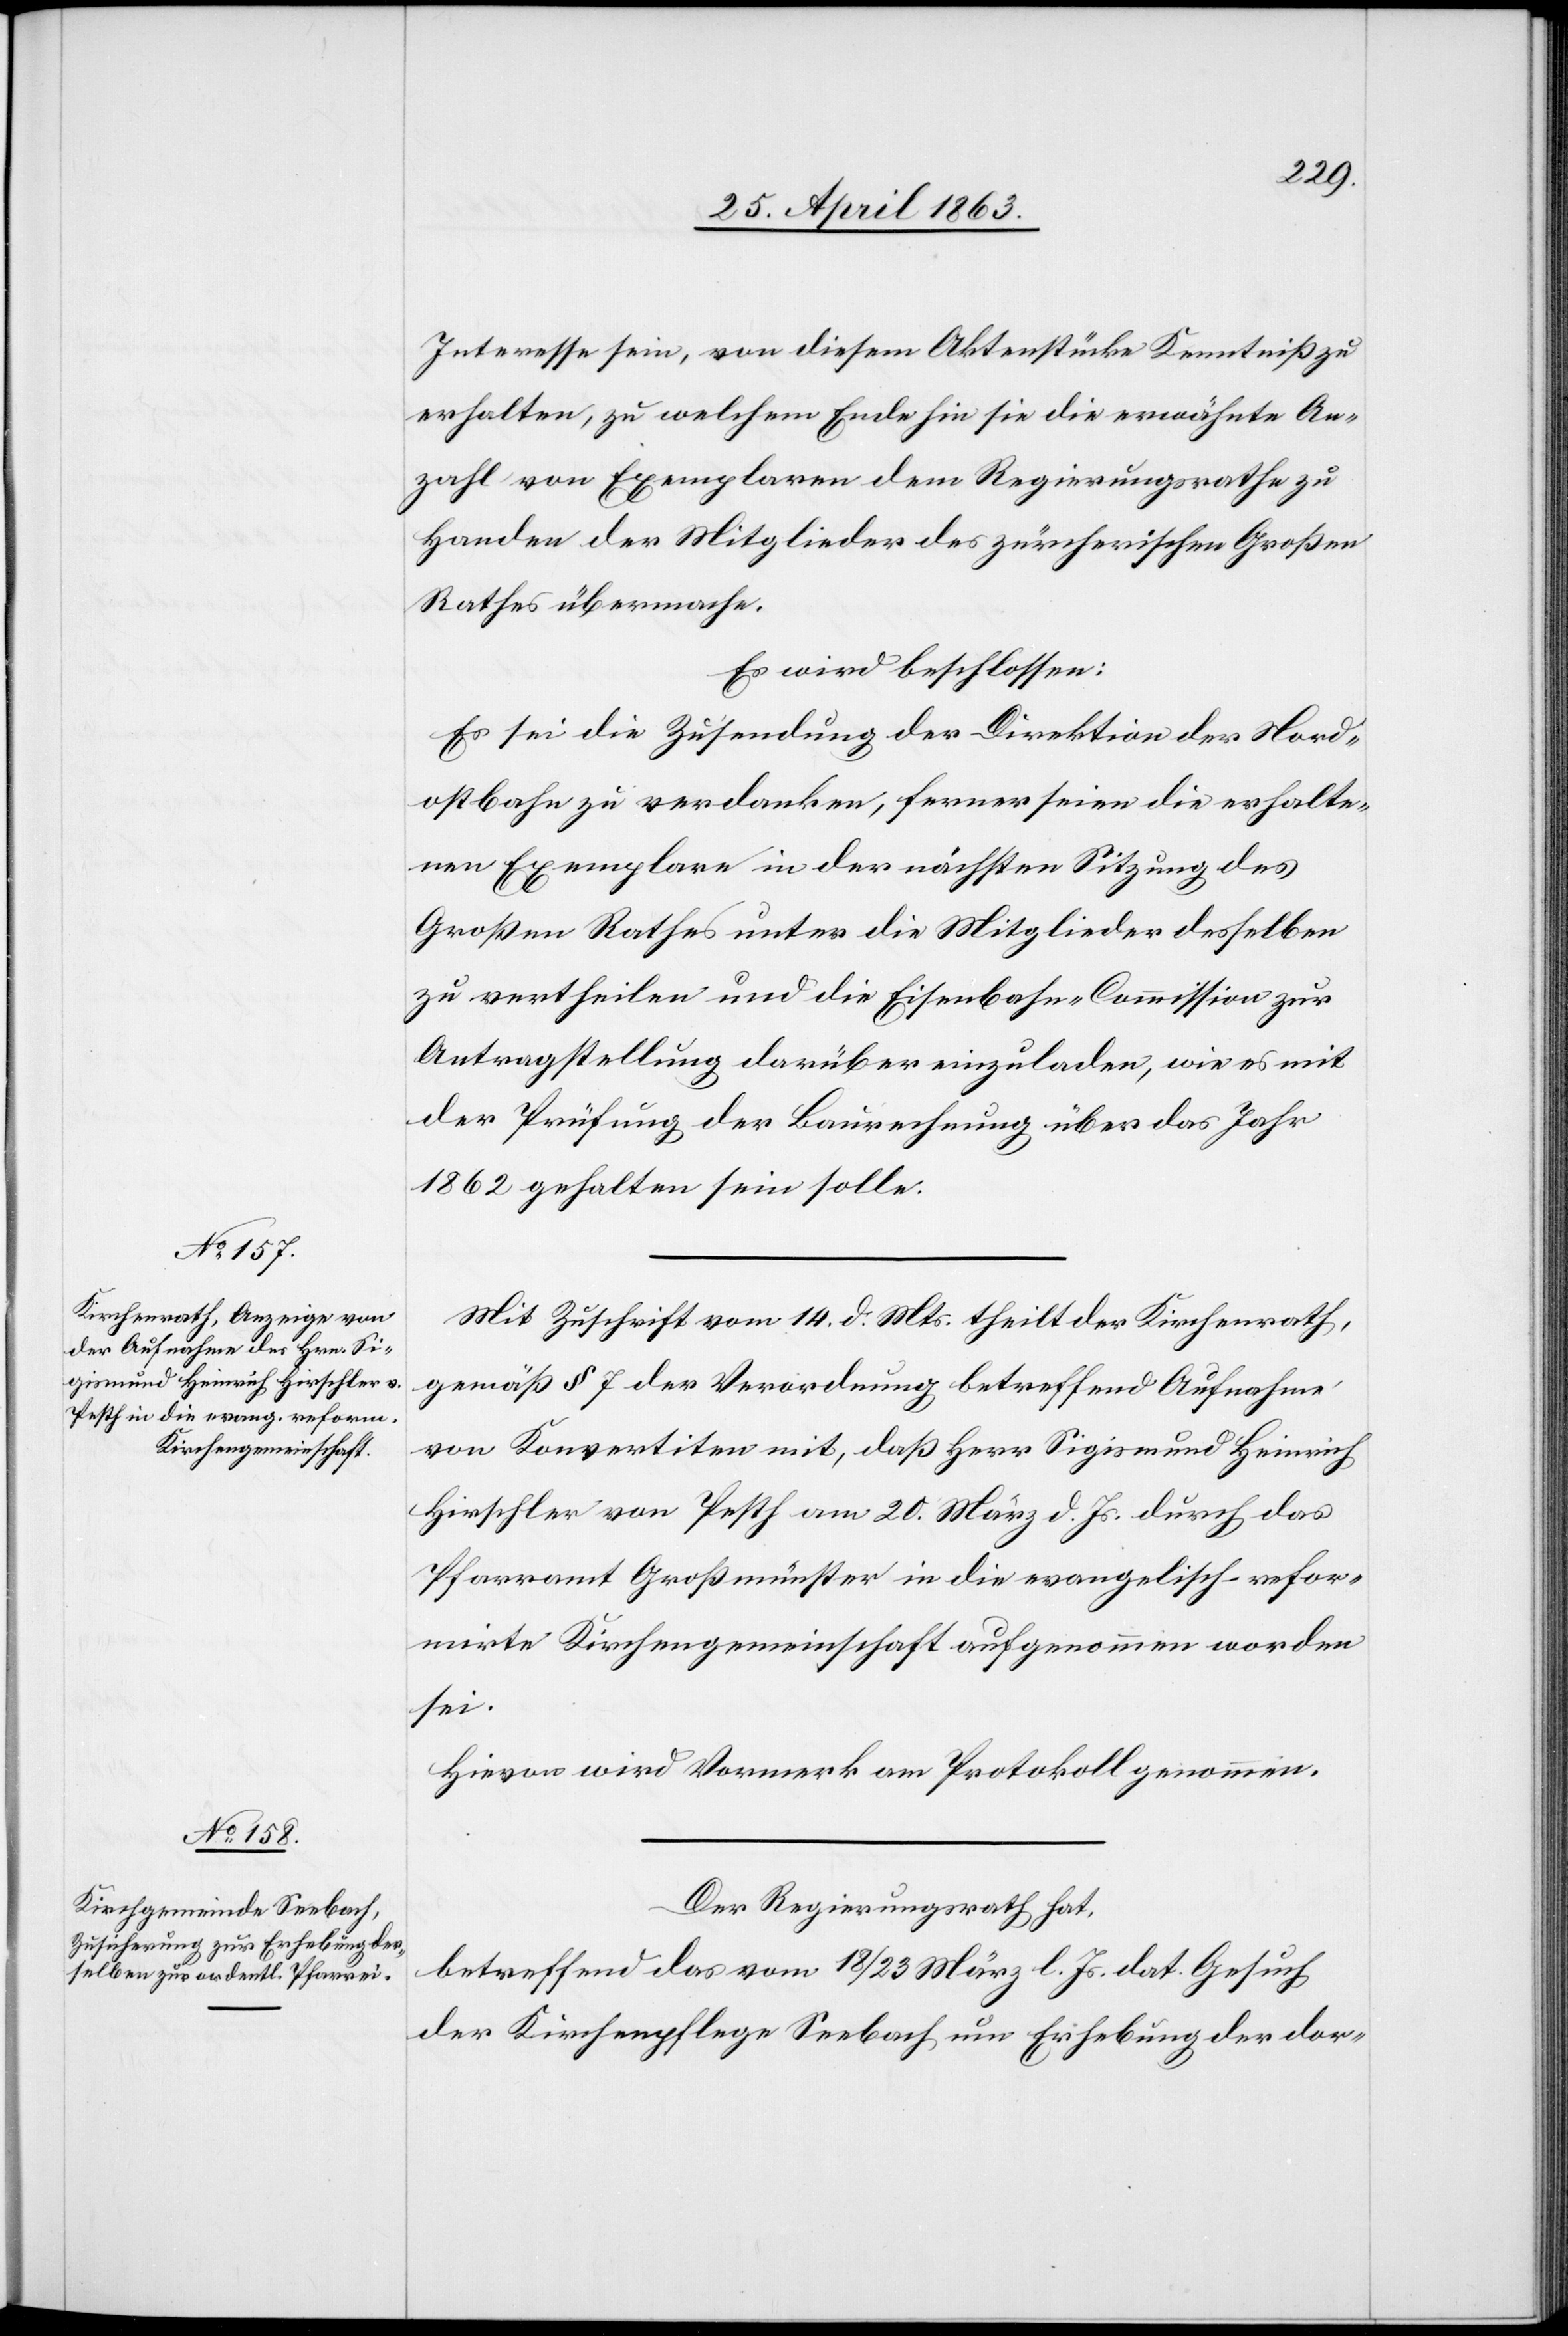
Interesse sein, von diesem Aktenstücke Kenntniß zu
erhalten, zu welchem Ende hin sie die erwähnte An¬
zahl von Exemplaren dem Regierungsrathe zu
Handen der Mitglieder des zürcherischen Großen
Rathes übermachte.
Es wird beschlossen:
Es sei die Zusendung der Direktion der Nord¬
ostbahn zu verdanken, ferner seien die erhalte¬
nen Exemplare in der nächsten Sitzung des
Großen Rathes unter die Mitglieder desselben
zu vertheilen und die Eisenbahn-Commission zur
Antragstellung darüber einzuladen, wie es mit
der Prüfung der Baurechnung über das Jahr
1862 gehalten sein solle.
Mit Zuschrift vom 14. d. Mts. theilt der Kirchenrath,
gemäß § 7 der Verordnung betreffend Aufnahme
von Konvertiten mit, daß Herr Sigismund Heinrich
Hirschler von Pesth am 20. März d. Js. durch das
Pfarramt Großmünster in die evangelisch-refor¬
mirte Kirchengemeinschaft aufgenommen worden
sei.
Hievon wird Vormerk am Protokoll genommen.
Der Regierungsrath hat,
betreffend das vom 18/23 März l. Js. dat. Gesuch
der Kirchenpflege Seebach um Erhebung der dor-